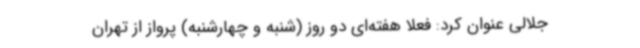
جلالی عنوان کرد: فعلا هفته‌ای دو روز (شنبه و چهارشنبه) پرواز از تهران